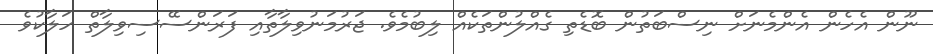
ނޫން އެހެން އެންމެނަށް ނިސްބަތުން ބޮޑެތި ގެއްލުންތަކެއް ލިބުމެވެ. ޖަރުމަނުވިލާތާއި ފަރަންސޭސިވިލާތް ހަލާކުވެ